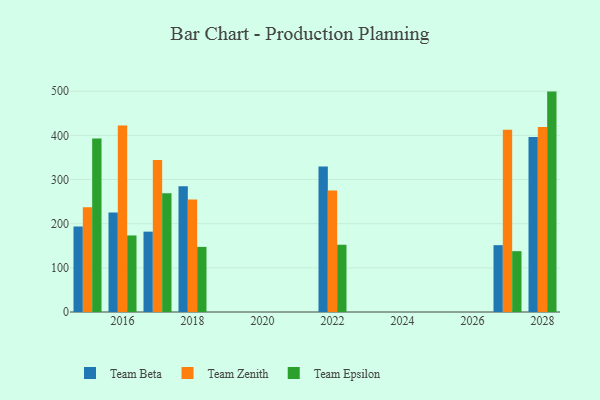
{"axis": {"x": "Year", "y": "Market Share (%)"}, "legend": ["Team Beta", "Team Epsilon", "Team Zenith"], "data": [{"x": "2028", "y": 396.6, "type": "Team Beta"}, {"x": "2028", "y": 419.2, "type": "Team Zenith"}, {"x": "2028", "y": 499.2, "type": "Team Epsilon"}, {"x": "2027", "y": 151.4, "type": "Team Beta"}, {"x": "2027", "y": 413.0, "type": "Team Zenith"}, {"x": "2027", "y": 137.8, "type": "Team Epsilon"}, {"x": "2022", "y": 329.4, "type": "Team Beta"}, {"x": "2022", "y": 275.0, "type": "Team Zenith"}, {"x": "2022", "y": 152.3, "type": "Team Epsilon"}, {"x": "2018", "y": 284.9, "type": "Team Beta"}, {"x": "2018", "y": 254.6, "type": "Team Zenith"}, {"x": "2018", "y": 147.5, "type": "Team Epsilon"}, {"x": "2015", "y": 193.5, "type": "Team Beta"}, {"x": "2015", "y": 237.3, "type": "Team Zenith"}, {"x": "2015", "y": 393.0, "type": "Team Epsilon"}, {"x": "2017", "y": 182.0, "type": "Team Beta"}, {"x": "2017", "y": 344.3, "type": "Team Zenith"}, {"x": "2017", "y": 268.8, "type": "Team Epsilon"}, {"x": "2016", "y": 225.3, "type": "Team Beta"}, {"x": "2016", "y": 422.4, "type": "Team Zenith"}, {"x": "2016", "y": 173.4, "type": "Team Epsilon"}]}